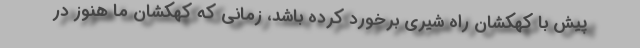
پیش با کهکشان راه شیری برخورد کرده باشد، زمانی که کهکشان ما هنوز در